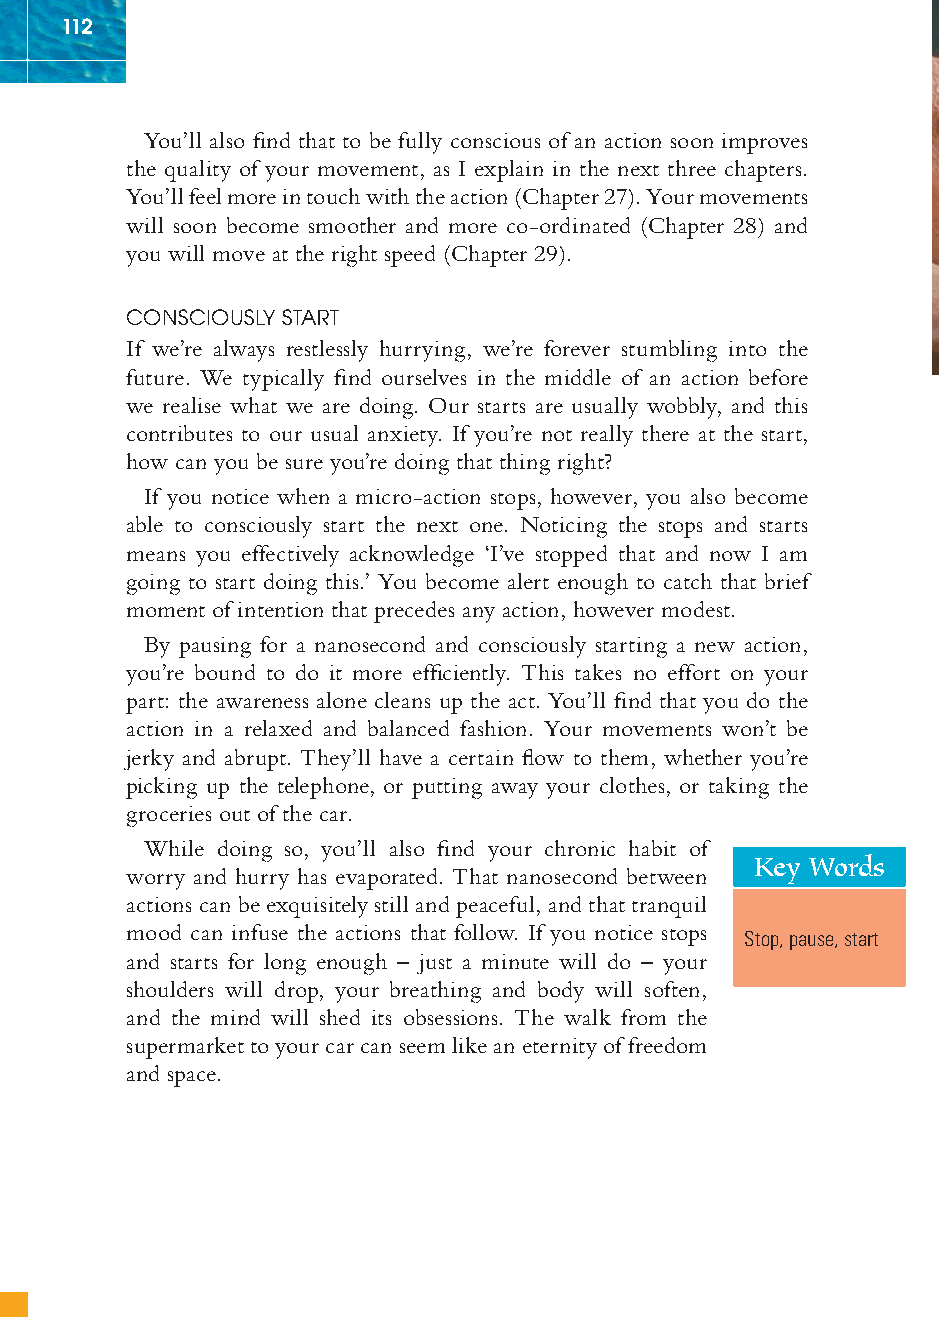
112
 You’ll also fi nd that to be fully conscious of an action soon improves
 the quality of your movement, as I explain in the next three chapters.
 You’ll feel more in touch with the action (Chapter 27). Your movements
 will soon become smoother and more co-ordinated (Chapter 28) and
 you will move at the right speed (Chapter 29).
 CONSCIOUSLY START
 If we’re always restlessly hurrying, we’re forever stumbling into the
 future. We typically fi nd ourselves in the middle of an action before
 we realise what we are doing. Our starts are usually wobbly, and this
 contributes to our usual anxiety. If you’re not really there at the start,
 how can you be sure you’re doing that thing right?
 If you notice when a micro-action stops, however, you also become
 able to consciously start the next one. Noticing the stops and starts
 means you effectively acknowledge ‘I’ve stopped that and now I am
 going to start doing this.’ You become alert enough to catch that brief
 moment of intention that precedes any action, however modest.
 By pausing for a nanosecond and consciously starting a new action,
 you’re bound to do it more effi ciently. This takes no effort on your
 part: the awareness alone cleans up the act. You’ll fi nd that you do the
 action in a relaxed and balanced fashion. Your movements won’t be
 jerky and abrupt. They’ll have a certain fl ow to them, whether you’re
 picking up the telephone, or putting away your clothes, or taking the
 groceries out of the car.
 While doing so, you’ll also fi nd your chronic habit of
 Key Words
 worry and hurry has evaporated. That nanosecond between
 actions can be exquisitely still and peaceful, and that tranquil
 mood can infuse the actions that follow. If you notice stops
 Stop, pause, start
 and starts for long enough – just a minute will do – your
 shoulders will drop, your breathing and body will soften,
 and the mind will shed its obsessions. The walk from the
 supermarket to your car can seem like an eternity of freedom
 and space.
 ffiivvee__220000667788..iinndddd SSeecc11::111166   3300//55//0055 55::0055::1166 PPMM